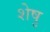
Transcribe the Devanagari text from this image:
शेषु